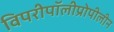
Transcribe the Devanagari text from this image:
विपरीपॉलीप्रोपीलीन